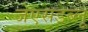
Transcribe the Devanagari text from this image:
जेएसडब्लू